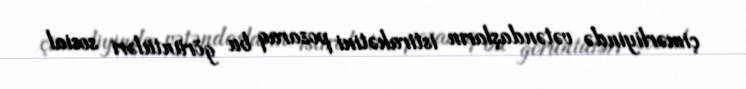
çimərliyində vətəndaşların istirahətini pozaraq bu görüntüləri sosial